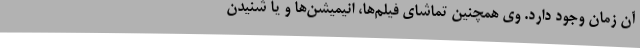
آن زمان وجود دارد. وی همچنین تماشای فیلم‌ها، انیمیشن‌ها و یا شنیدن